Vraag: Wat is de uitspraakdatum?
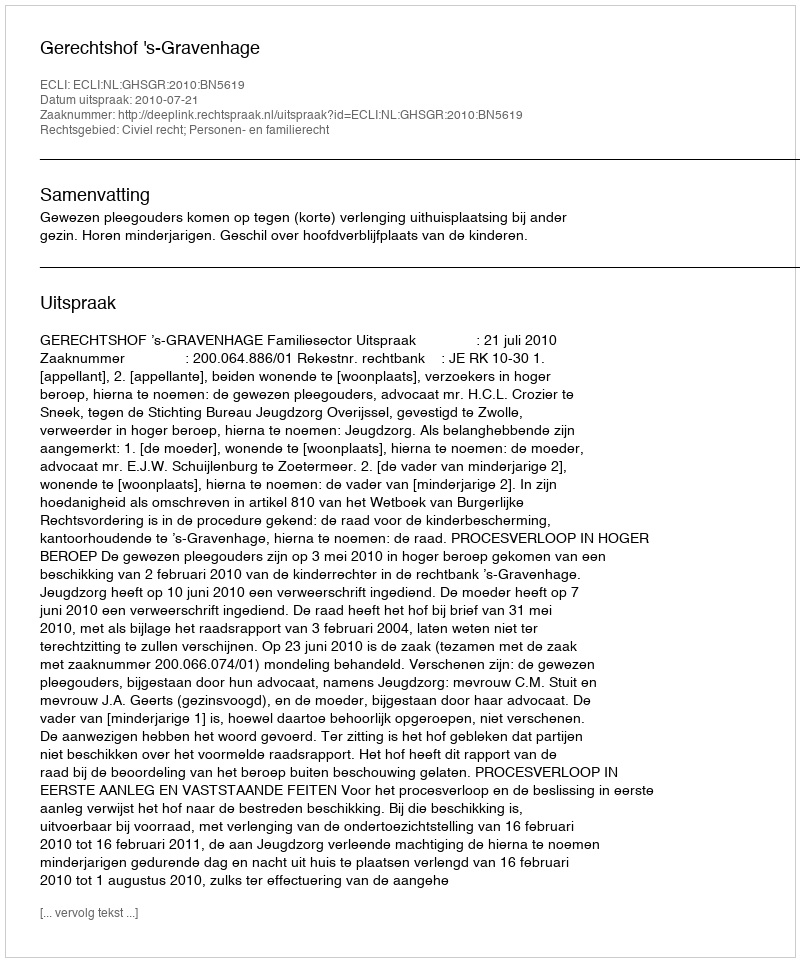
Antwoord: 2010-07-21